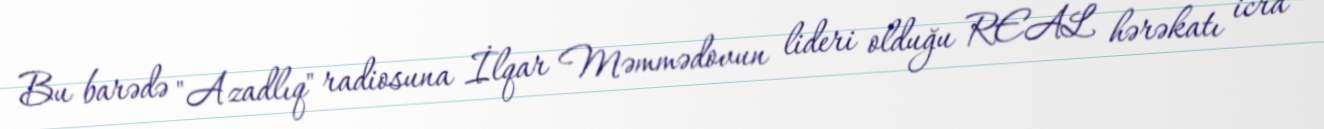
Bu barədə "Azadlıq" radiosuna İlqar Məmmədovun lideri olduğu REAL hərəkatı icra